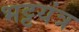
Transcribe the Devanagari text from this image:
भट्टयंत्र